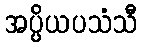
အပ္ပိယပသံသီ